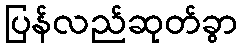
ပြန်လည်ဆုတ်ခွာ